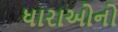
ધારાઓનો